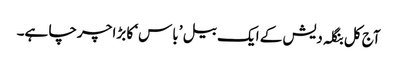
آج کل بنگلہ دیش کے ایک بیل ’باس‘ کا بڑا چرچا ہے۔